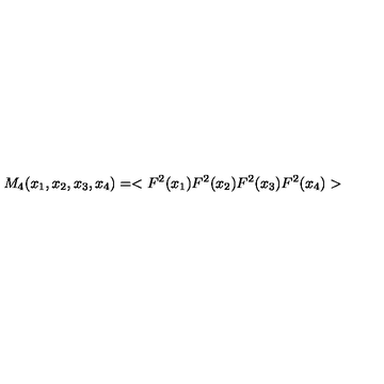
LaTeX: M _ { 4 } ( x _ { 1 } , x _ { 2 } , x _ { 3 } , x _ { 4 } ) = < F ^ { 2 } ( x _ { 1 } ) F ^ { 2 } ( x _ { 2 } ) F ^ { 2 } ( x _ { 3 } ) F ^ { 2 } ( x _ { 4 } ) >